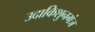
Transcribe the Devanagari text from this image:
उदाकिशुनगंज